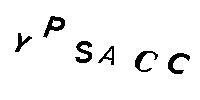
YPSACC